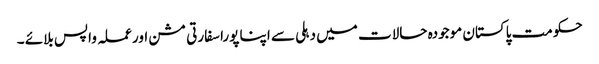
حکومت پاکستان موجودہ حالات میں دہلی سے اپنا پورا سفارتی مشن اور عملہ واپس بلائے ۔